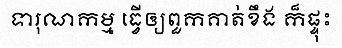
ទារុណកម្ម ធ្វើឲ្យពួកគាត់ខឹង ក៏ផ្ទុះ